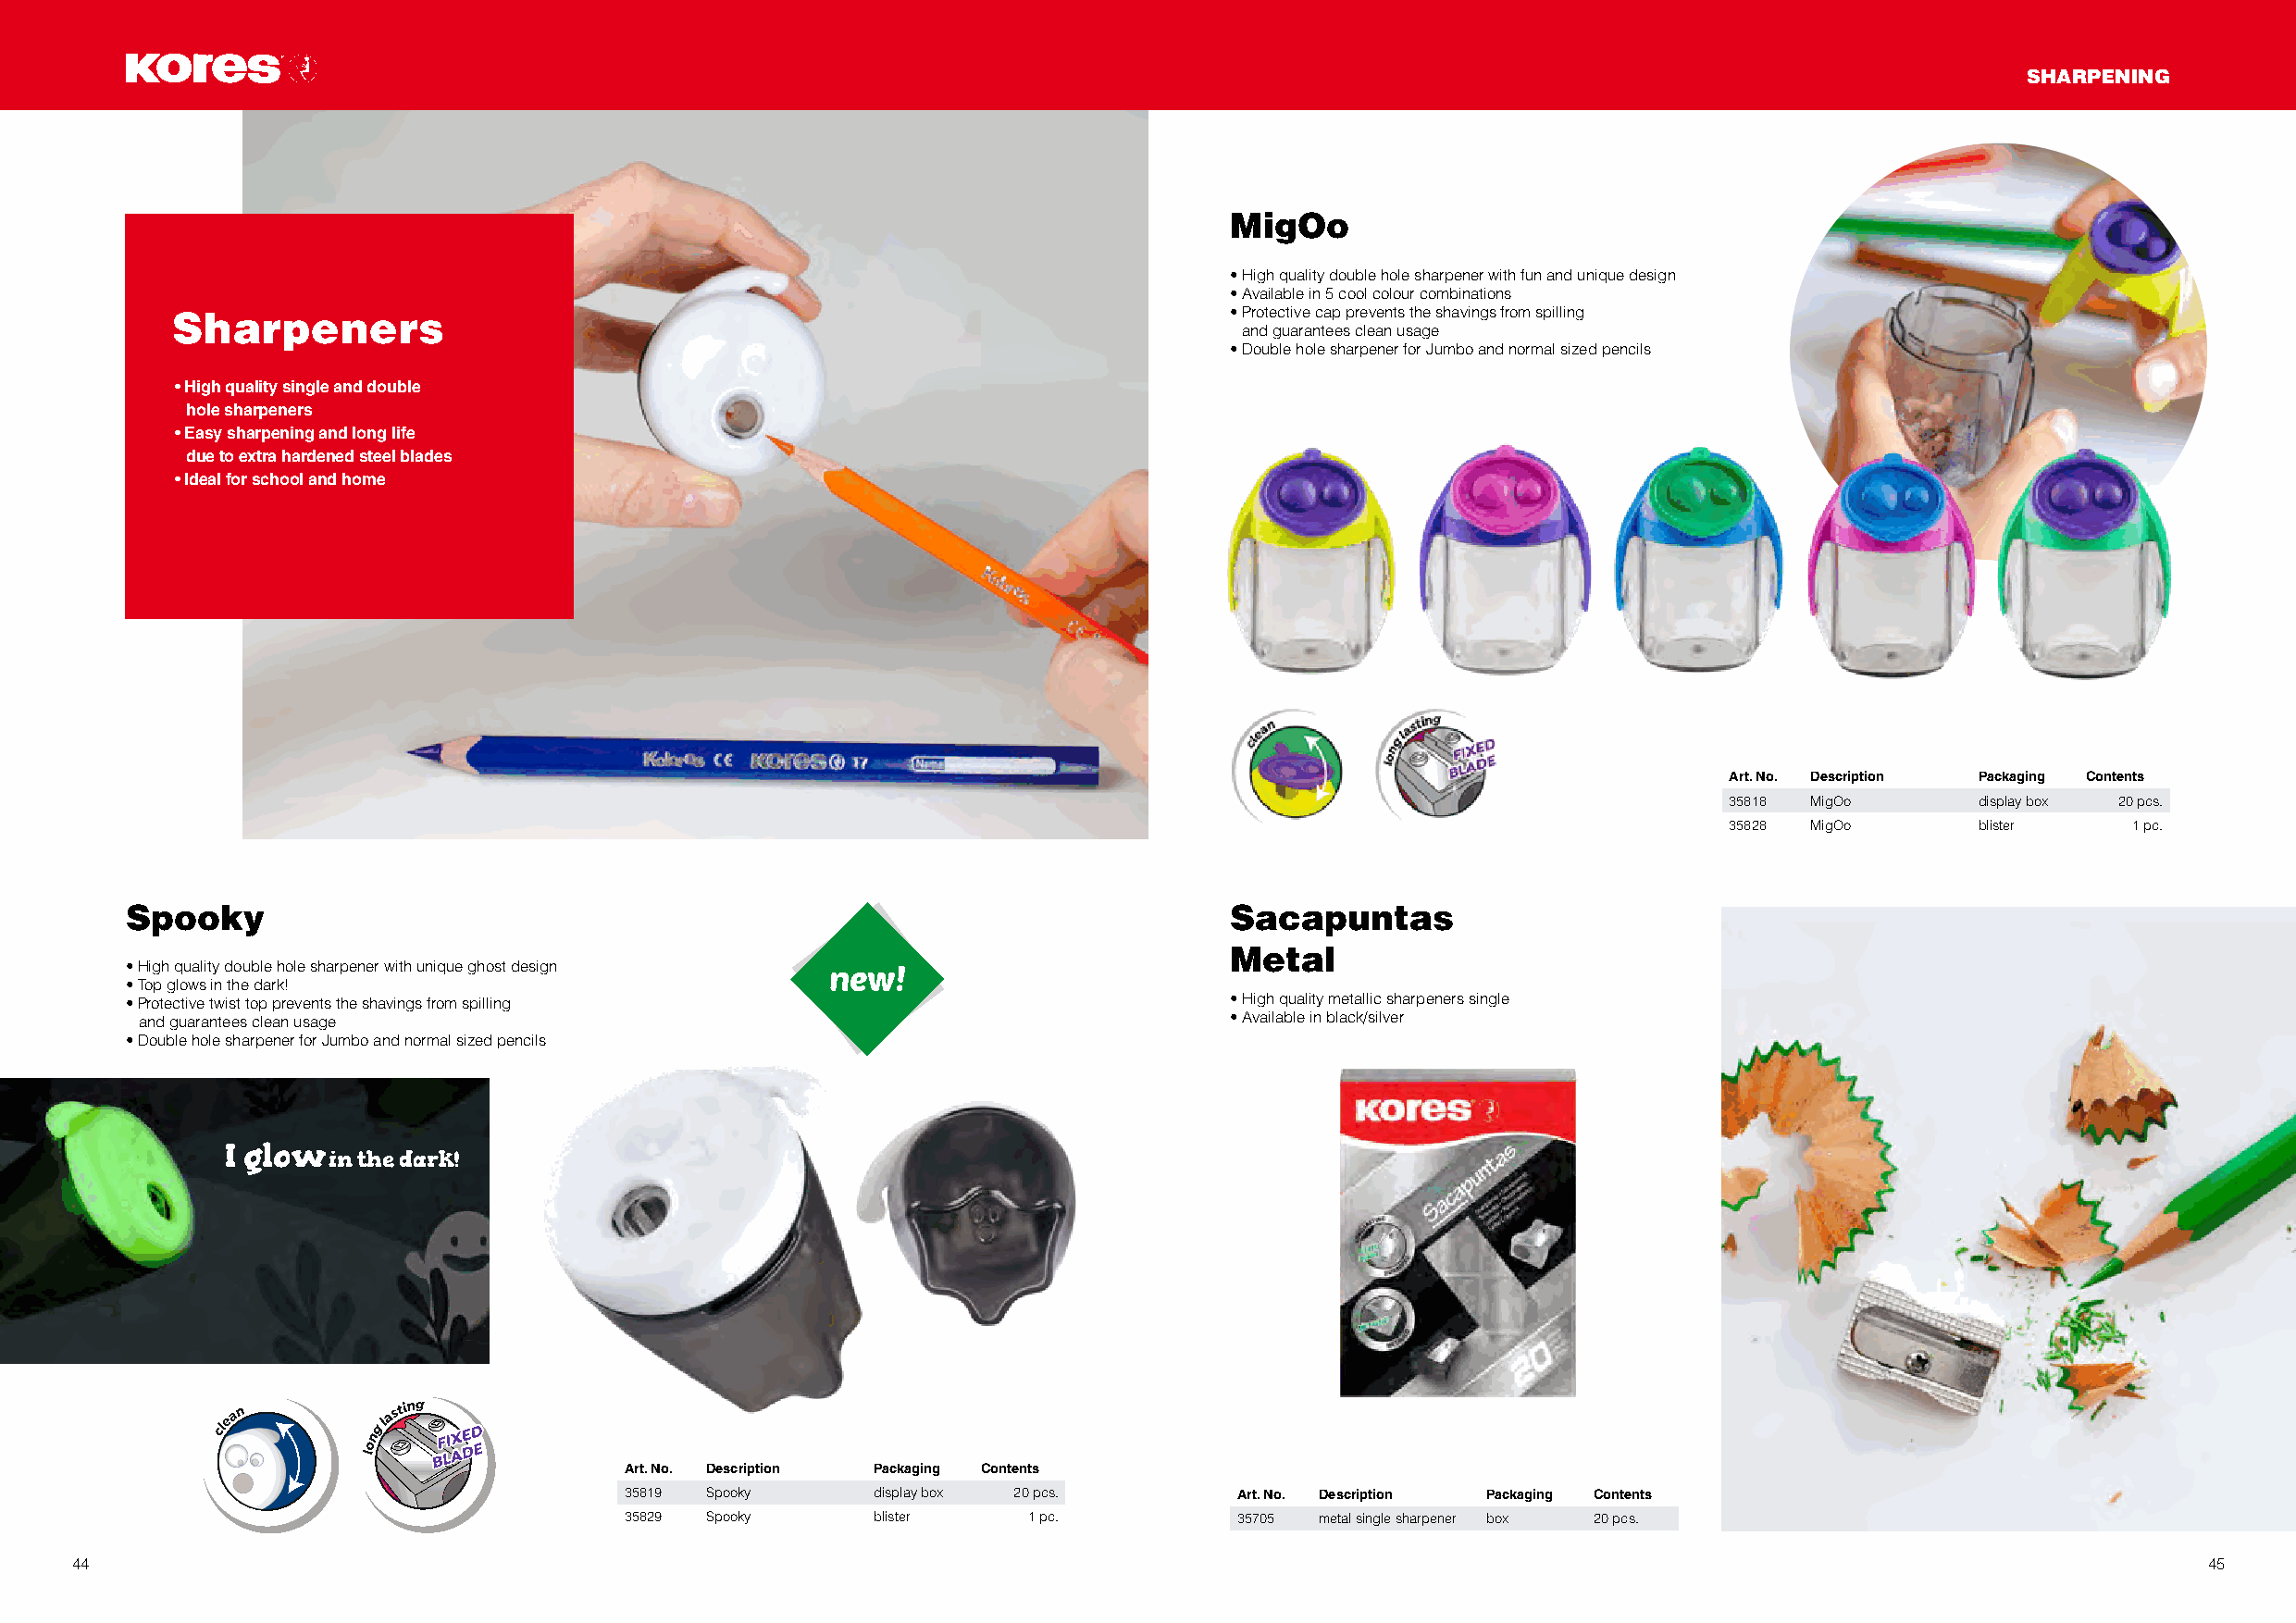
SHARPENING
 MigOo
 • High quality double hole sharpener with fun and unique design
 • Available in 5 cool colour combinations
 Sharpeners                                                                  • Protective cap prevents the shavings from spilling
 and guarantees clean usage
 • Double hole sharpener for Jumbo and normal sized pencils
 • High quality single and double
 hole sharpeners
 • Easy sharpening and long life
 due to extra hardened steel blades
 • Ideal for school and home
 Art. No. Description Packaging Contents
 35818 MigOo      display box 20 pcs.
 35828 MigOo      blister     1 pc.
 Spooky                                                                         Sacapuntas
 Metal
 • High quality double hole sharpener with unique ghost design new!
 • Top glows in the dark!
 • Protective twist top prevents the shavings from spilling                     • High quality metallic sharpeners single
 and guarantees clean usage                                                    • Available in black/silver
 • Double hole sharpener for Jumbo and normal sized pencils
 I glow
 in the dark!
 Art. No. Description Packaging Contents
 35819 Spooky     display box 20 pcs.       Art. No. Description Packaging Contents
 35829 Spooky     blister     1 pc.         35705 metal single sharpener box 20 pcs.
 44                                                                                                                                                       45